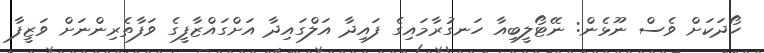
ހޯދަކަށް ވެސް ނޫޅެން: ނޭޓޯލީބިއާ ހަނގުރާމައިގެ ފައިދާ އަލްގައިދާ އަށްގައްޒާފީގެ ވަފާތެރިންނަށް ވަޒީފާ